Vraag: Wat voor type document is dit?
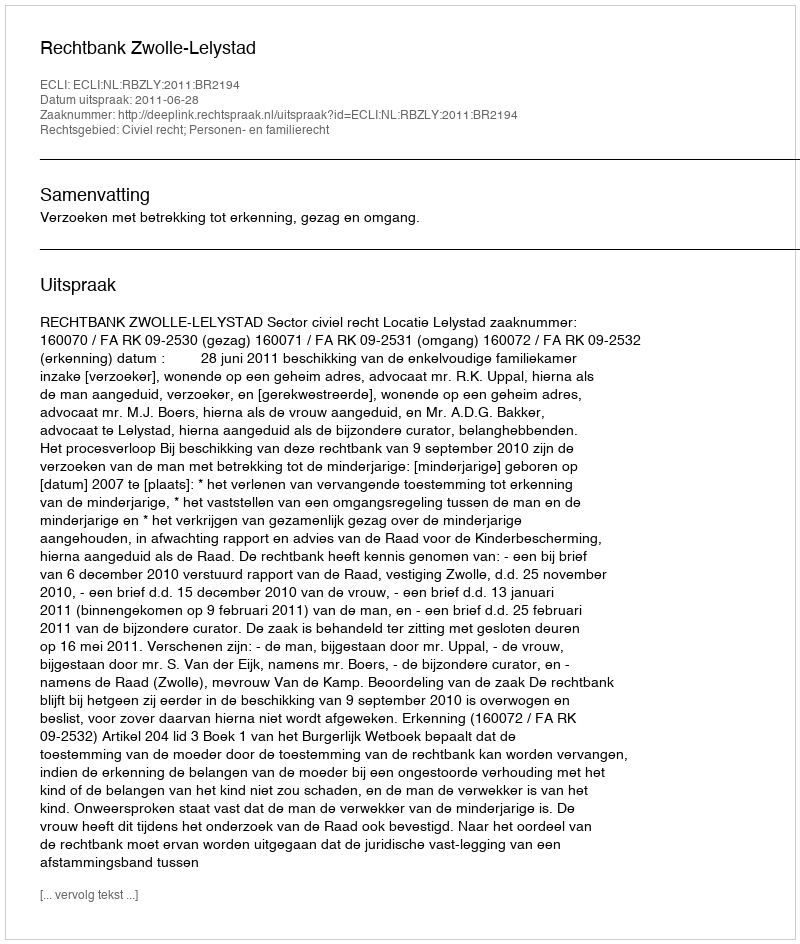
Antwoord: Uitspraak